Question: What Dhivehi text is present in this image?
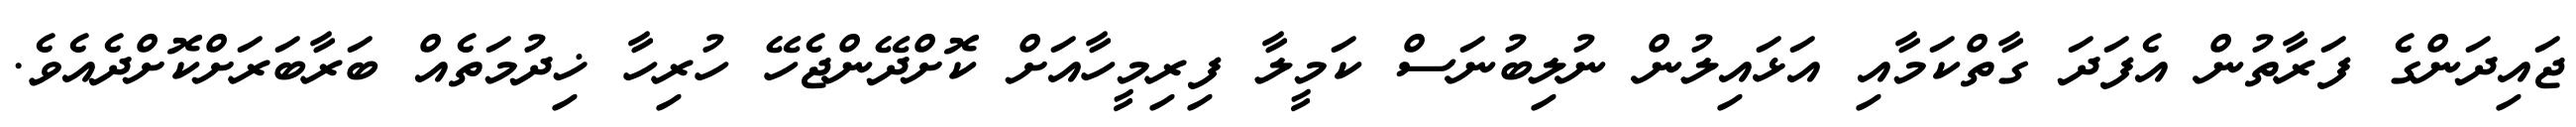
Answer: ޖައިދަންގެ ފަރާތުން އެފަދަ ގާތްކަމާއި އަޅައިލުން ނުލިބުނަސް ކަމީލާ ފިރިމީހާއަށް ކޮށްދޭންޖެހޭ ހުރިހާ ޚިދުމަތެއް ބަރާބަރަށްކޮށްދެއެވެ.